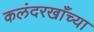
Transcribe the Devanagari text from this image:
कलंदरखाँच्या